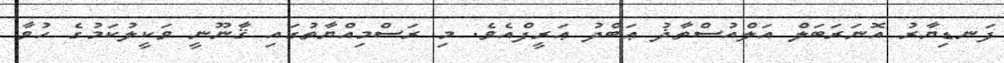
ފަނޑިޔާރު އޮނަރަބަލް އަލްއުސްތާޛު ޢަބްދު ޢަރީފްއެވެ. މި ރަސްމިއްޔާތުގައި ޤާނޫނީ ވަކީލުކަމުގެ ހުވާ